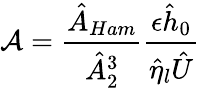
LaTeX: \mathcal{A}=\frac{\hat{A}_{Ham}}{\hat{A}_{2}^{3}}\frac{\epsilon\hat{h}_{0}}{\hat{\eta}_{l}\hat{U}}